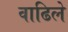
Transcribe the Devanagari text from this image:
वाढिले